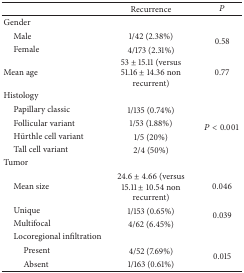
<table><thead><tr><td><b> </b></td><td><b>Recurrence</b></td><td><b><i>P</i></b></td></tr></thead><tbody><tr><td>Gender</td><td> </td><td> </td></tr><tr><td> Male</td><td>1/42 (2.38%)</td><td rowspan="2">0.58</td></tr><tr><td> Female</td><td>4/173 (2.31%)</td></tr><tr><td>Mean age</td><td>53 ± 15.11 (versus 51.16 ± 14.36 non recurrent)</td><td>0.77</td></tr><tr><td>Histology</td><td> </td><td> </td></tr><tr><td> Papillary classic</td><td>1/135 (0.74%)</td><td rowspan="4"><i>P</i> &lt; 0.001</td></tr><tr><td> Follicular variant</td><td>1/53 (1.88%)</td></tr><tr><td> Hürthle cell variant</td><td>1/5 (20%)</td></tr><tr><td> Tall cell variant</td><td>2/4 (50%)</td></tr><tr><td>Tumor</td><td> </td><td> </td></tr><tr><td> Mean size</td><td>24.6 ± 4.66 (versus 15.11 ± 10.54 non recurrent)</td><td>0.046</td></tr><tr><td> Unique</td><td>1/153 (0.65%) </td><td rowspan="2">0.039</td></tr><tr><td> Multifocal</td><td>4/62 (6.45%)</td></tr><tr><td> Locoregional infiltration</td><td> </td><td> </td></tr><tr><td>Present</td><td>4/52 (7.69%)</td><td rowspan="2">0.015</td></tr><tr><td>Absent</td><td>1/163 (0.61%)</td></tr></tbody></table>